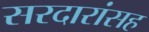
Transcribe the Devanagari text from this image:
सरदारांसह